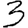
Digit: 3